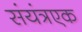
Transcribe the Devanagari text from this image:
संयंत्रएक